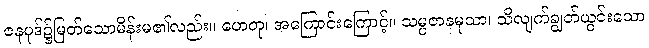
ဇနပုဒ်၌မြတ်သောမိန်းမ၏လည်း။ ဟေတု၊ အကြောင်းကြောင့်။ သမ္ပဇာနမုသာ၊ သိလျက်ချွတ်ယွင်းသော